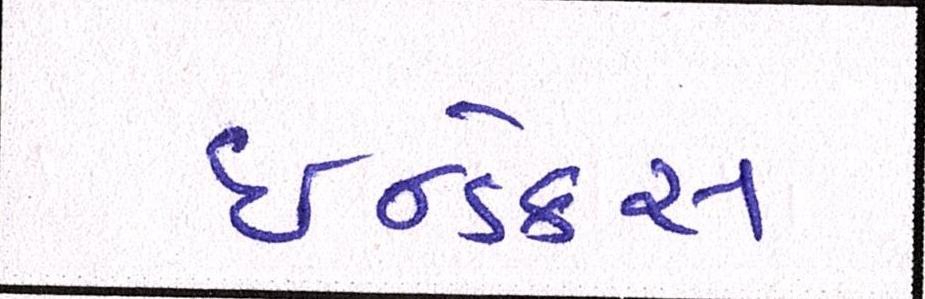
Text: ઇન્ડેક્સ